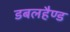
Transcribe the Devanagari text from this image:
डबलहैण्ड